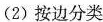
（2）按边分类